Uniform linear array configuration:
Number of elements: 8
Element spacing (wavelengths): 0.75
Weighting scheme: kaiser
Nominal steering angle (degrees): -30
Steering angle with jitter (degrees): -30.95
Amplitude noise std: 0.05
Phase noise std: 0.05

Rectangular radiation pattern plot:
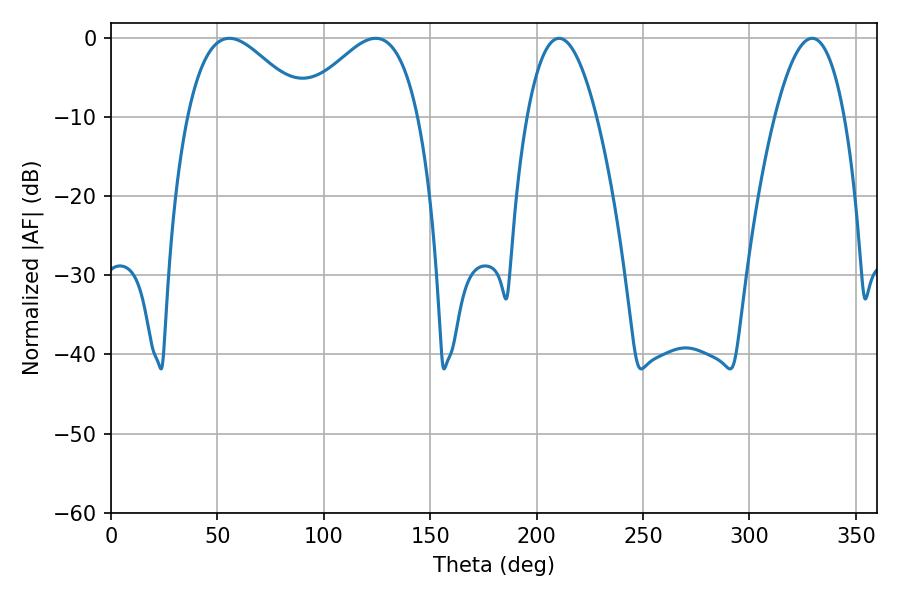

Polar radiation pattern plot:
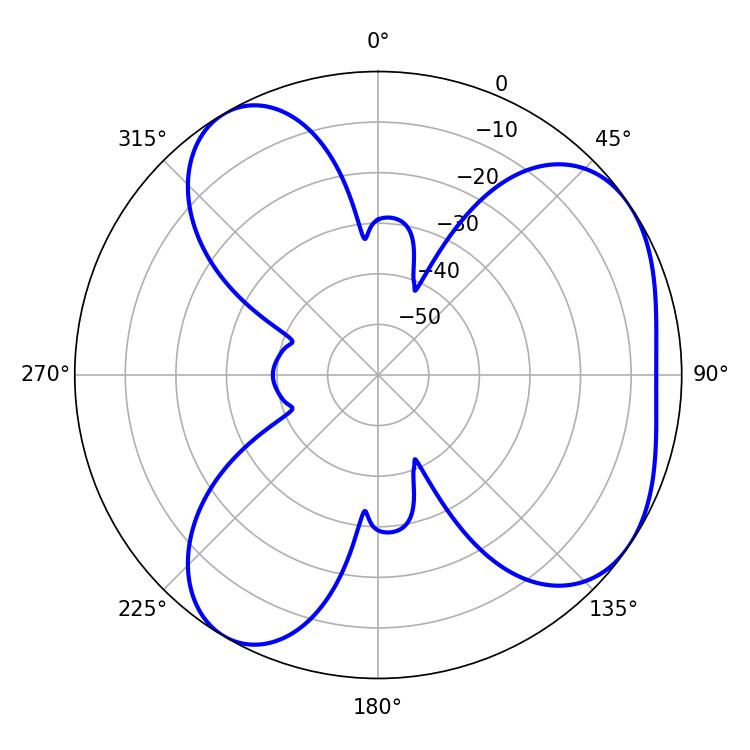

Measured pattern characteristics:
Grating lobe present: TRUE
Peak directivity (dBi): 5.071
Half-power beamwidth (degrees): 30.24
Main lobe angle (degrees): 55.62